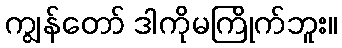
ကျွန်တော် ဒါကိုမကြိုက်ဘူး။